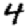
Digit: 4